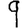
Digit: 9